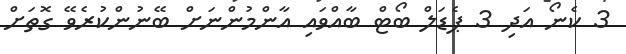
3 ކެނޯ އަދި 3 ޕެޑަލް ބޯޓް ބާއްވައި އާންމުންނަށް ބޭނުންކުރެވޭ ގޮތަށް